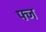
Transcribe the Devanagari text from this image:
फ्ज